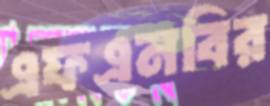
এফএনবির